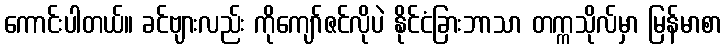
ကောင်းပါတယ်။ ခင်ဗျားလည်း ကိုကျော်ဇင်လိုပဲ နိုင်ငံခြားဘာသာ တက္ကသိုလ်မှာ မြန်မာစာ